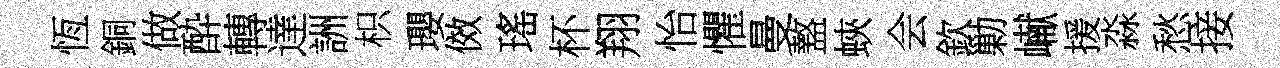
恆銅做酔轉達詶枳瓔傚瑤杯翔怡懼曼盩蛺会欽勦𪩘援淼愁接